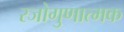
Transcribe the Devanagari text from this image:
रजोगुणात्मक